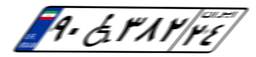
۹۰W۳۸۲۲۴